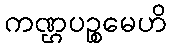
ကဏ္ဌပဉ္စမေဟိ